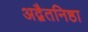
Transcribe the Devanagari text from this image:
अद्वैतनिष्ठा